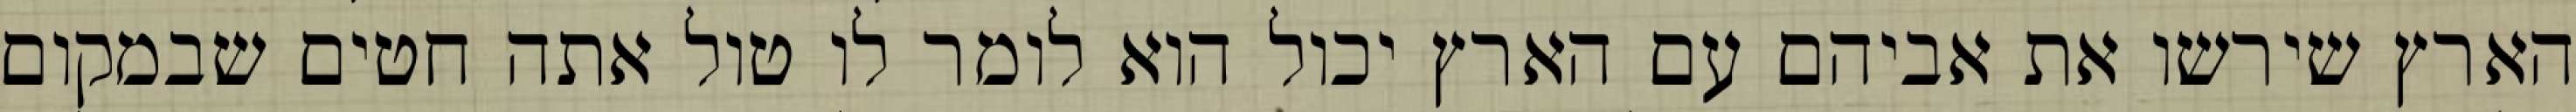
הארץ שירשו את אביהם עם הארץ יכול הוא לומר לו טול אתה חטים שבמקום